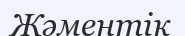
Жәментік